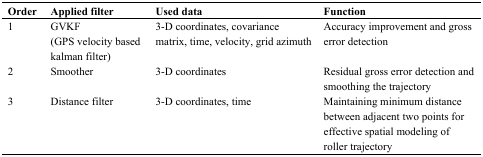
| Order | Applied filter | Used data | Function |
 | --- | --- | --- | --- |
 | 1 | GVKF (GPS velocity based kalman filter) | 3-D coordinates, covariance matrix, time, velocity, grid azimuth | Accuracy improvement and gross error detection |
 | 2 | Smoother | 3-D coordinates | Residual gross error detection and smoothing the trajectory |
 | 3 | Distance filter | 3-D coordinates, time | Maintaining minimum distance between adjacent two points for effective spatial modeling of roller trajectory |